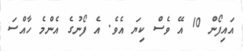
އައިފޯން 10 އޭ ވެސް ކިޔަ އެވެ. އެ ފޯނުގެ އެންމެ ހާއްސަ